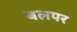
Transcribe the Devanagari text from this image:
बलपर